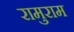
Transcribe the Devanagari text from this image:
रामुराम